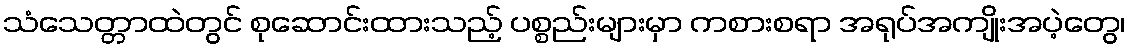
သံသေတ္တာထဲတွင် စုဆောင်းထားသည့် ပစ္စည်းများမှာ ကစားစရာ အရုပ်အကျိုးအပဲ့တွေ၊